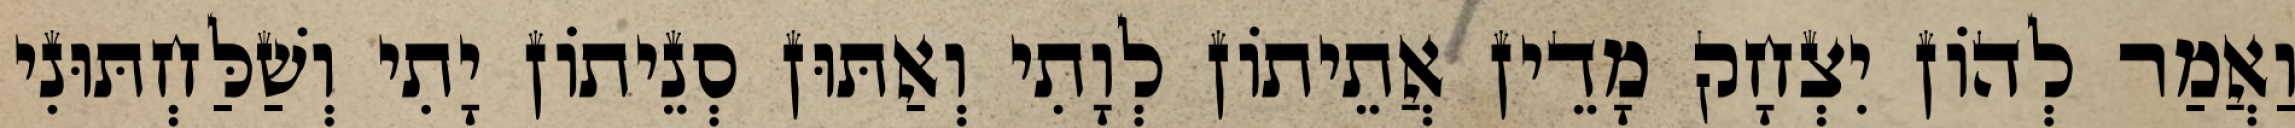
וַאֲמַר לְהוֹן יִצְחָק מָדֵין אֲתֵיתוֹן לְוָתִי וְאַתּוּן סְנֵיתוֹן יָתִי וְשַׁלַּחְתּוּנִי